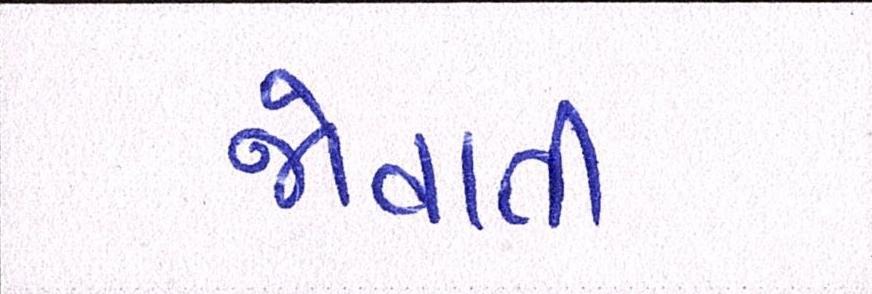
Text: જોવાતી